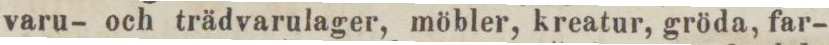
varu- och trädvarulager, möbler, kreatur, gröda, far-